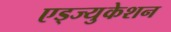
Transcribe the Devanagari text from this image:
एड्ज्युकेशन